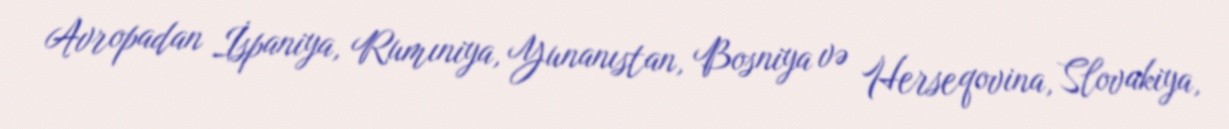
Avropadan İspaniya, Rumıniya, Yunanıstan, Bosniya və Herseqovina, Slovakiya,